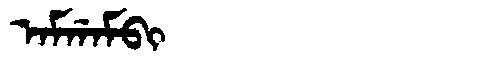
Manchu: ᠠᠮᡤᠠᠮᠪᡳ
Romanization: AMGAMBI